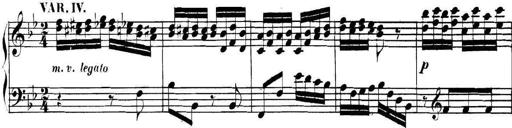
Title: Collected Piano Sonatas
Composer: Muzio Clementi